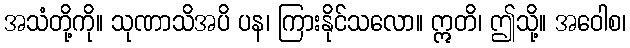
အသံတို့ကို။ သုဏာသိအပိ ပန၊ ကြားနိုင်သလော။ ဣတိ၊ ဤသို့။ အဝေါစ၊